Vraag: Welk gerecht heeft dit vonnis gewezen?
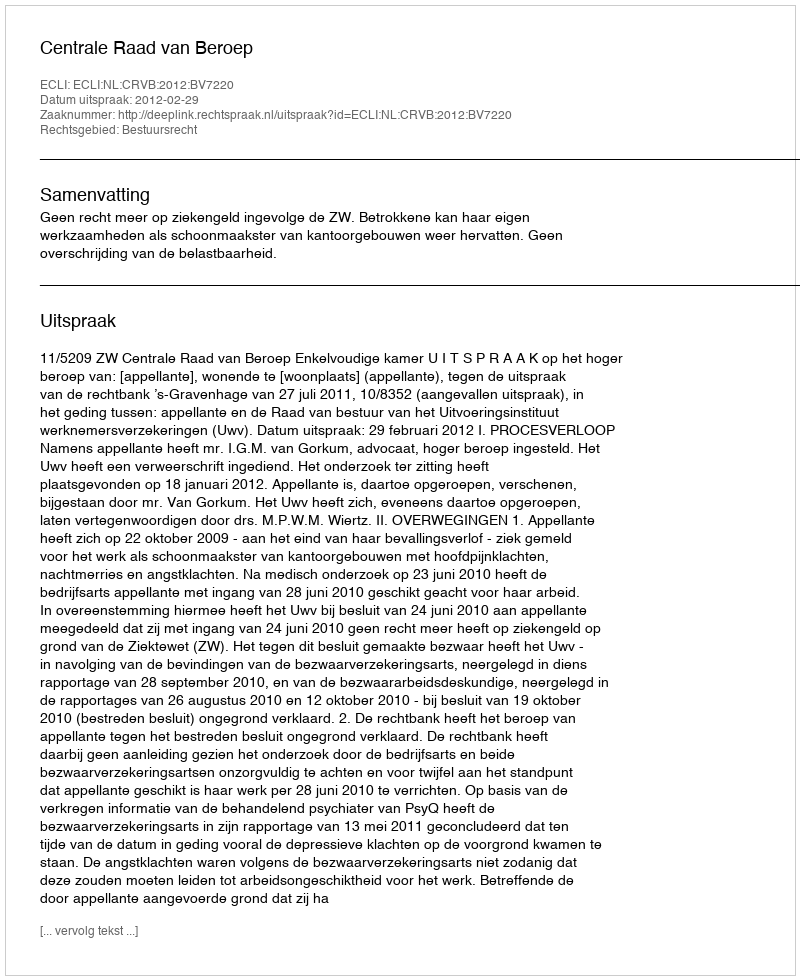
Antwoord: Centrale Raad van Beroep